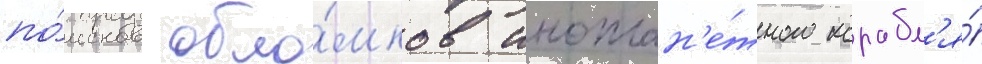
по́исков обло́мков иноплан'е́тного корабл'я́